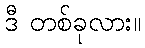
ဒီ တစ်ခုလား။